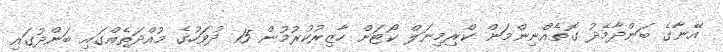
އޭނާގެ ބަންދާމެދު ގޮތެއްނިންމަން ކްރިމިނަލް ކޯޓަށް ހާޒިރުކުރުމުން 15 ދުވަހުގެ މުއްދަތެއްގައި ބަންދުގައި